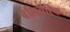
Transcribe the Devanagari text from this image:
बेलियरिक